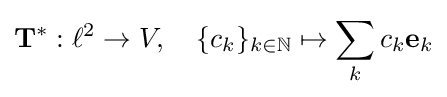
\mathbf {T} ^{*}:\ell ^{2}\to V,\quad \{c_{k}\}_{k\in \mathbb {N} }\mapsto \sum _{k}c_{k}\mathbf {e} _{k}